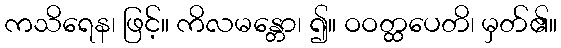
ကသိရေန၊ ဖြင့်။ ကိလမန္တော၊ ၍။ ဝဝတ္ထပေတိ၊ မှတ်၏။